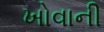
ખોવાની